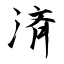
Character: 済